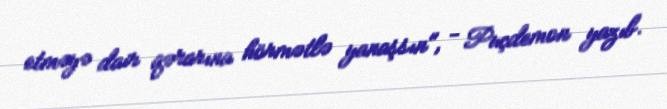
etməyə dair qərarına hörmətlə yanaşsın", - Puçdemon yazıb.